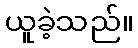
ယူခဲ့သည်။